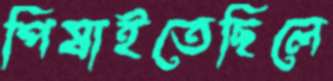
পিষাইতেছিলে